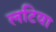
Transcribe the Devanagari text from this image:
लटिया